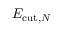
E _ { \mathrm { c u t } , N }